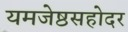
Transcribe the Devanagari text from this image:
यमजेष्ठसहोदर